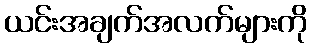
ယင်းအချက်အလက်များကို